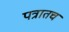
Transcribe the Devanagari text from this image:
पत्रातच